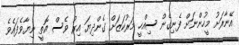
އޭނާރަށު މީހުންނަށް ފެނިގެން ސިއްހީ މަރުކަޒަށް ގެންދިޔަ އިރު ވެސް އޮތީ ނިޔާވެފައެވެ